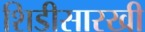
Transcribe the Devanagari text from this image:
शिडीसारखी